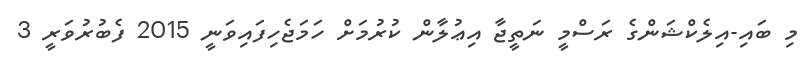
މި ބައި-އިލެކްޝަންގެ ރަސްމީ ނަތީޖާ އިޢުލާން ކުރުމަށް ހަމަޖެހިފައިވަނީ 2015 ފެބުރުވަރީ 3